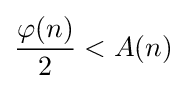
{\frac {\varphi (n)}{2}}<A(n)